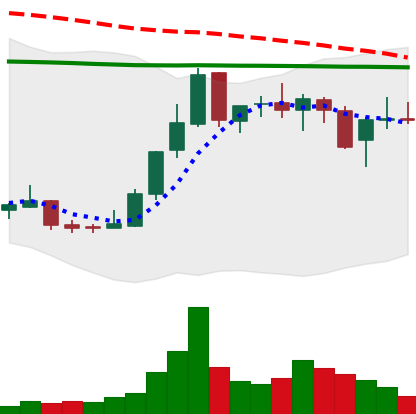
Ticker: LINK-USD
Chart end date: 2018-12-30
Forward return: 46.387%
Label: up_7plus